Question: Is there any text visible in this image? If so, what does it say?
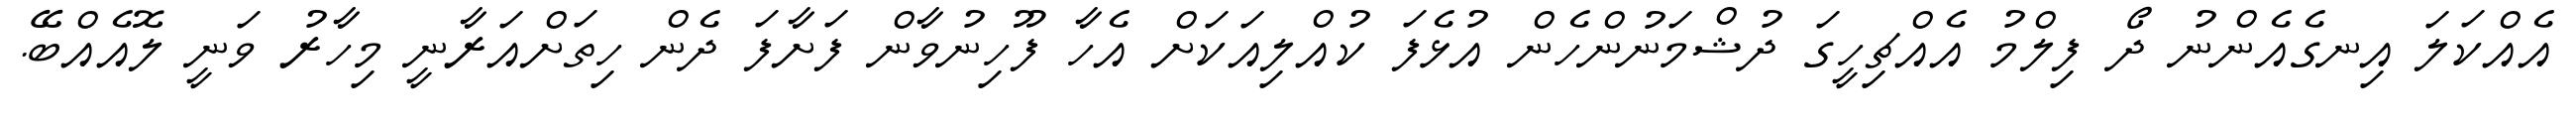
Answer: އެއްކަލަ އިނގެއެންނު ދޯ ފިލްމު އެއްޗިހީގަ ދުޝްމަނުންހެން އުޅެފަ ކުއްލިއަކަށް އެހާ ފޫހިނުވާން ފަށާފަ ދެން ހިތަށްއަރާނީ މިހާރު ވަނީ ލޮއެއްބޭ.